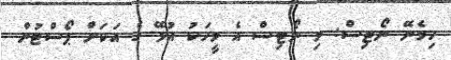
ހިމެނޭ ނޯޓިސް: މި ނޯޓިސް އެ މީހަކު އުޅޭ ގެ އަކަށް ޕޯސްޓުން